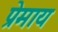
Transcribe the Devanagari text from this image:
प्रेमाय